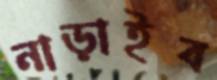
নাড়াইব